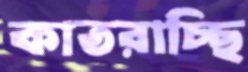
কাতরাচ্ছি